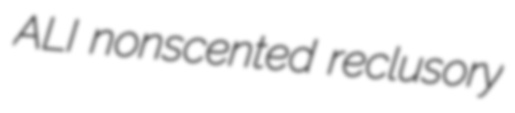
ALI nonscented reclusory